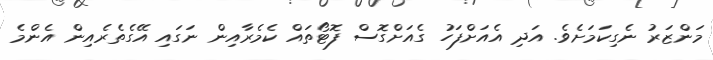
މަންޒަރު ނެގިކަމަށެވެ. އަދި އެއަށްފަހު ގެއަށްގޮސް ފޮޓޯތައް ކެމެރާއިން ނަގައި އޭގެތެރެއިން އެންމެ